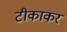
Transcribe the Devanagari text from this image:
टीकाकर